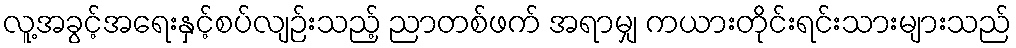
လူ့အခွင့်အရေးနှင့်စပ်လျဉ်းသည့် ညာတစ်ဖက် အရာမျှ ကယားတိုင်းရင်းသားများသည်